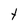
Character: t